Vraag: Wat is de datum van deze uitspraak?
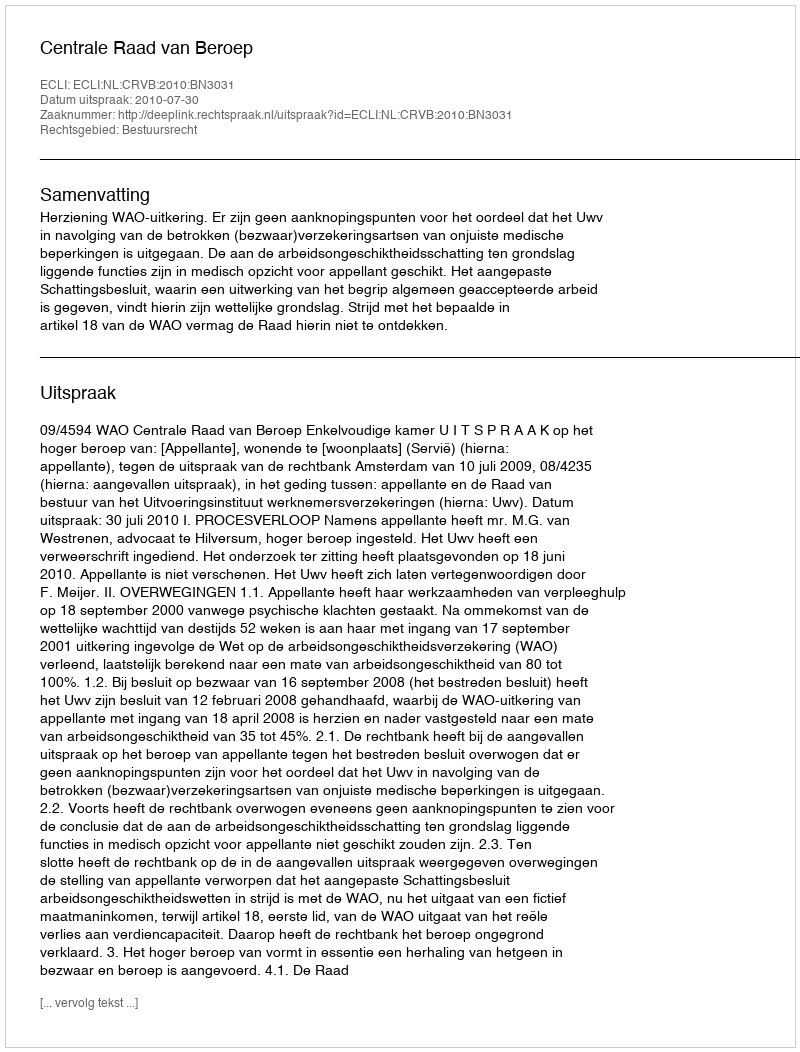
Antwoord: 2010-07-30